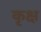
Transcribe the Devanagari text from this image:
कृक्ष